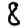
Digit: 8